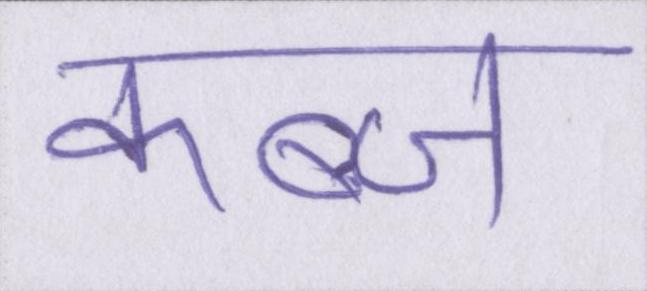
कब्ज